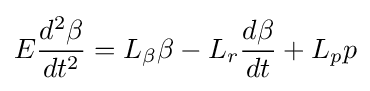
E{\frac {d^{2}\beta }{dt^{2}}}=L_{\beta }\beta -L_{r}{\frac {d\beta }{dt}}+L_{p}p